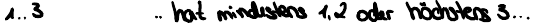
1..3   .. hat mindestens 1, 2 oder höchstens 3...